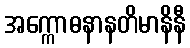
အက္ကောဓနာနတိမာနိနီ